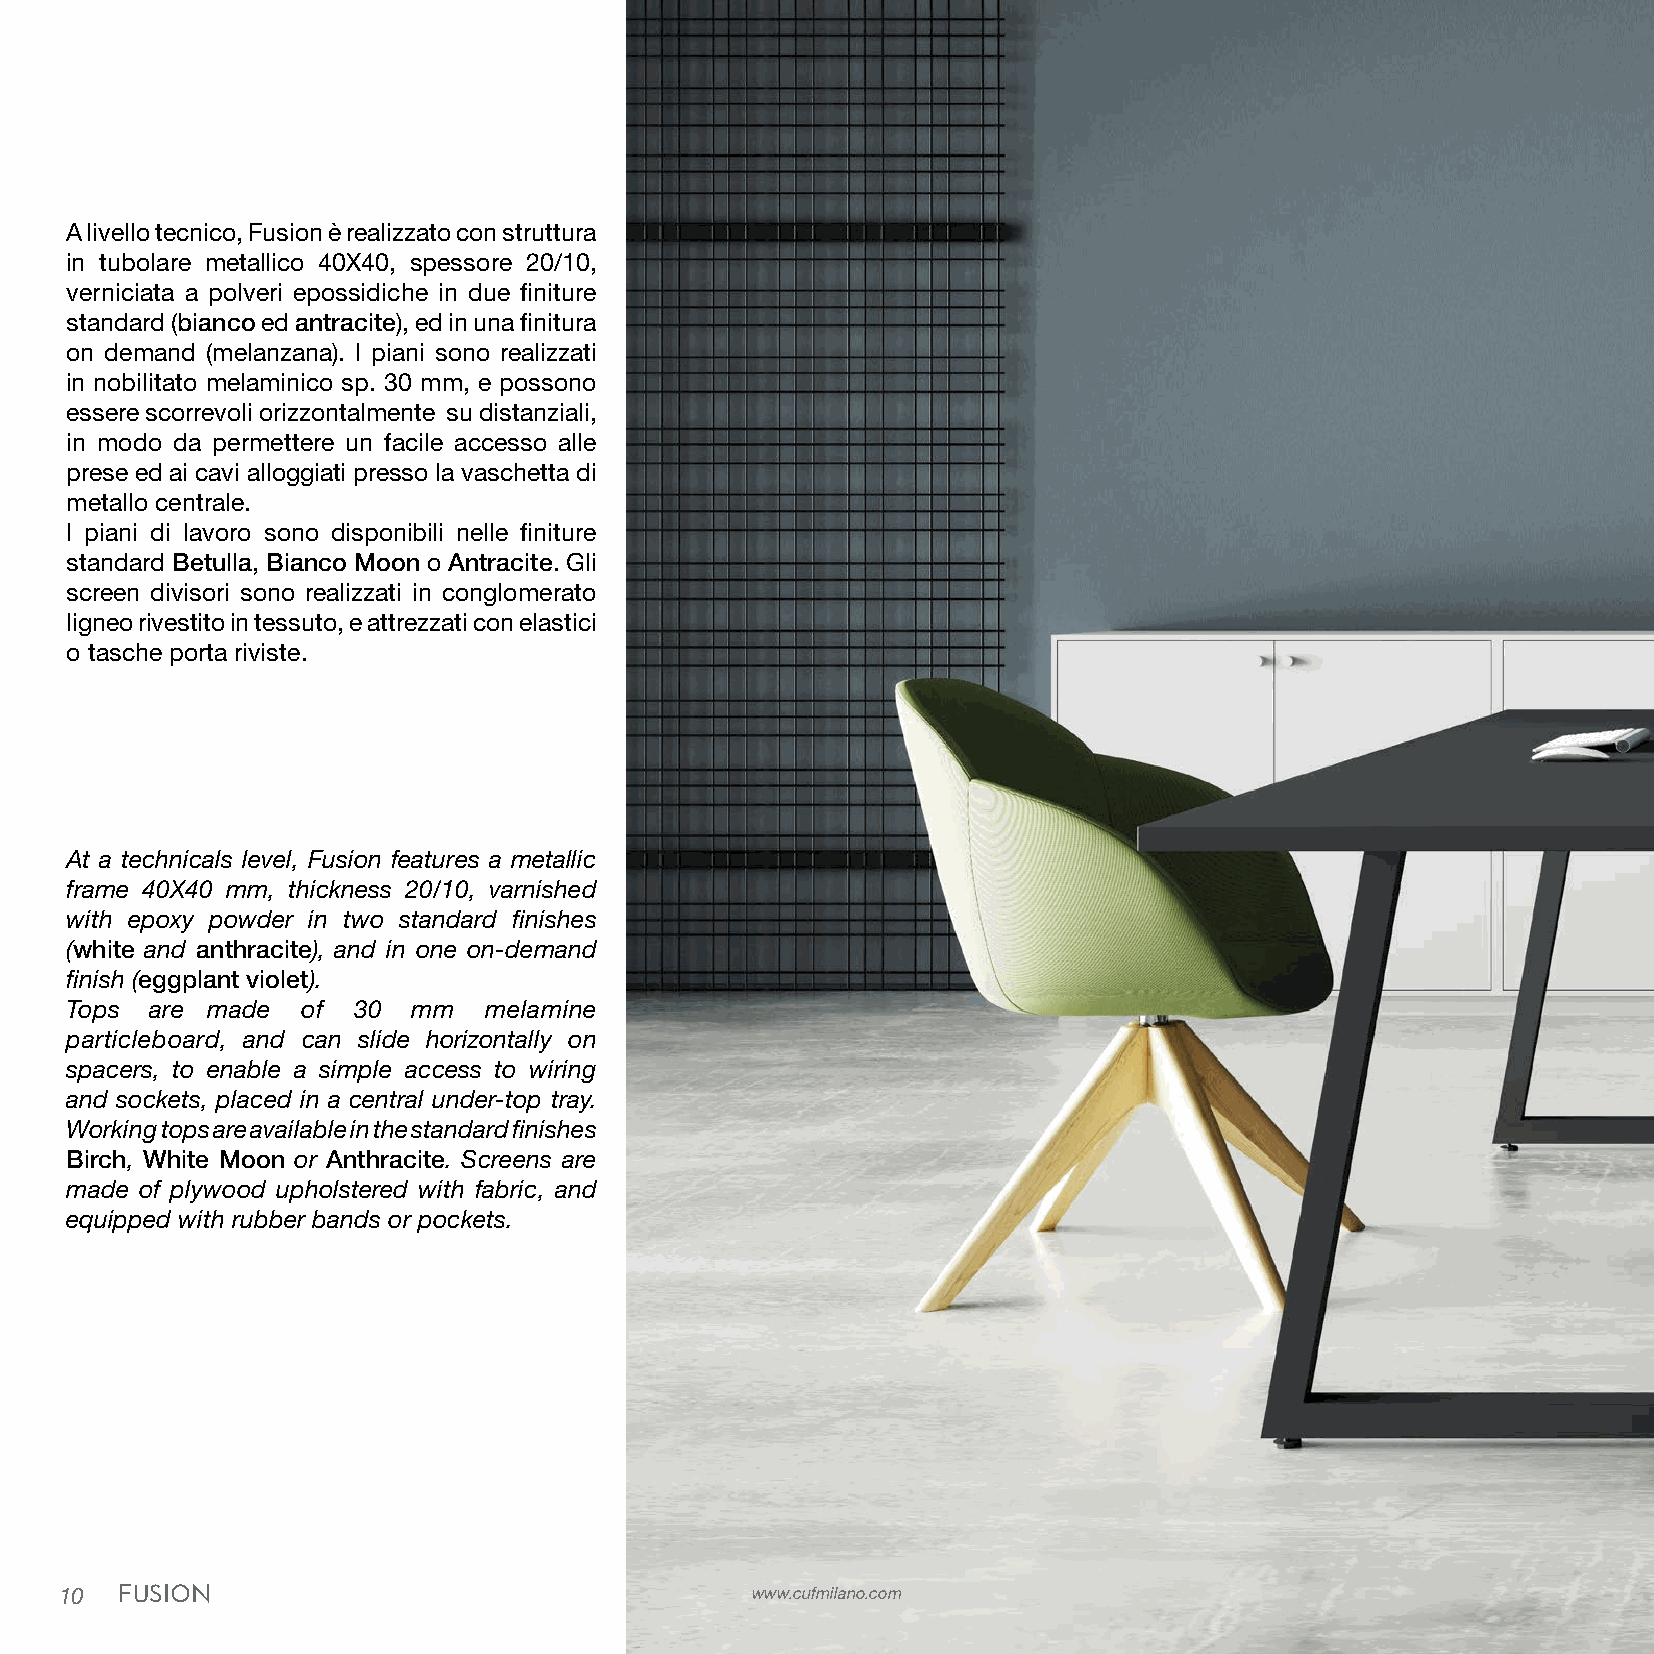
A livello tecnico, Fusion è realizzato con struttura
 in tubolare metallico 40X40, spessore 20/10,
 verniciata a polveri epossidiche in due finiture
 standard (bianco ed antracite), ed in una finitura
 on demand (melanzana). I piani sono realizzati
 in nobilitato melaminico sp. 30 mm, e possono
 essere scorrevoli orizzontalmente su distanziali,
 in modo da permettere un facile accesso alle
 prese ed ai cavi alloggiati presso la vaschetta di
 metallo centrale.
 I piani di lavoro sono disponibili nelle finiture
 standard Betulla, Bianco Moon o Antracite. Gli
 screen divisori sono realizzati in conglomerato
 ligneo rivestito in tessuto, e attrezzati con elastici
 o tasche porta riviste.
 At a technicals level, Fusion features a metallic
 frame 40X40 mm, thickness 20/10, varnished
 with epoxy powder in two standard finishes
 (white and anthracite), and in one on-demand
 finish (eggplant violet).
 Tops  are made  of 30  mm   melamine
 particleboard, and can slide horizontally on
 spacers, to enable a simple access to wiring
 and sockets, placed in a central under-top tray.
 Working tops are available in the standard finishes
 Birch, White Moon or Anthracite. Screens are
 made of plywood upholstered with fabric, and
 equipped with rubber bands or pockets.
 10  FUSION                                    www.cufmilano.com                                                                                            www.cufmilano.com